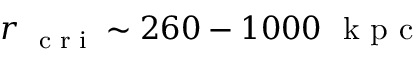
r _ { \mathrm { ~ \scriptsize ~ c ~ r ~ i ~ } } \sim 2 6 0 - 1 0 0 0 ~ \mathrm { ~ k ~ p ~ c ~ }